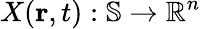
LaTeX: X(\mathbf{r},t):\mathbb{S}\rightarrow\mathbb{R}^{n}